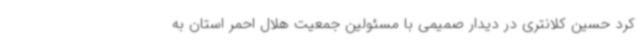
کرد حسین کلانتری در دیدار صمیمی با مسئولین جمعیت هلال احمر استان به